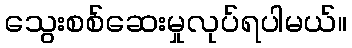
သွေးစစ်ဆေးမှုလုပ်ရပါမယ်။